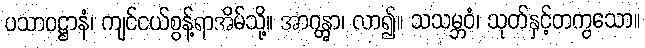
ပသာဝဋ္ဌာနံ၊ ကျင်ငယ်စွန့်ရာအိမ်သို့။ အာဂန္တွာ၊ လာ၍။ သသမ္ဘဝံ၊ သုတ်နှင့်တကွသော။